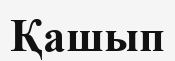
Қашып